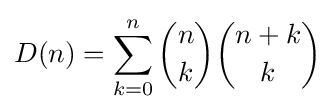
D(n)=\sum _{k=0}^{n}{\binom {n}{k}}{\binom {n+k}{k}}